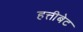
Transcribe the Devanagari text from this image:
हत्तीबेट